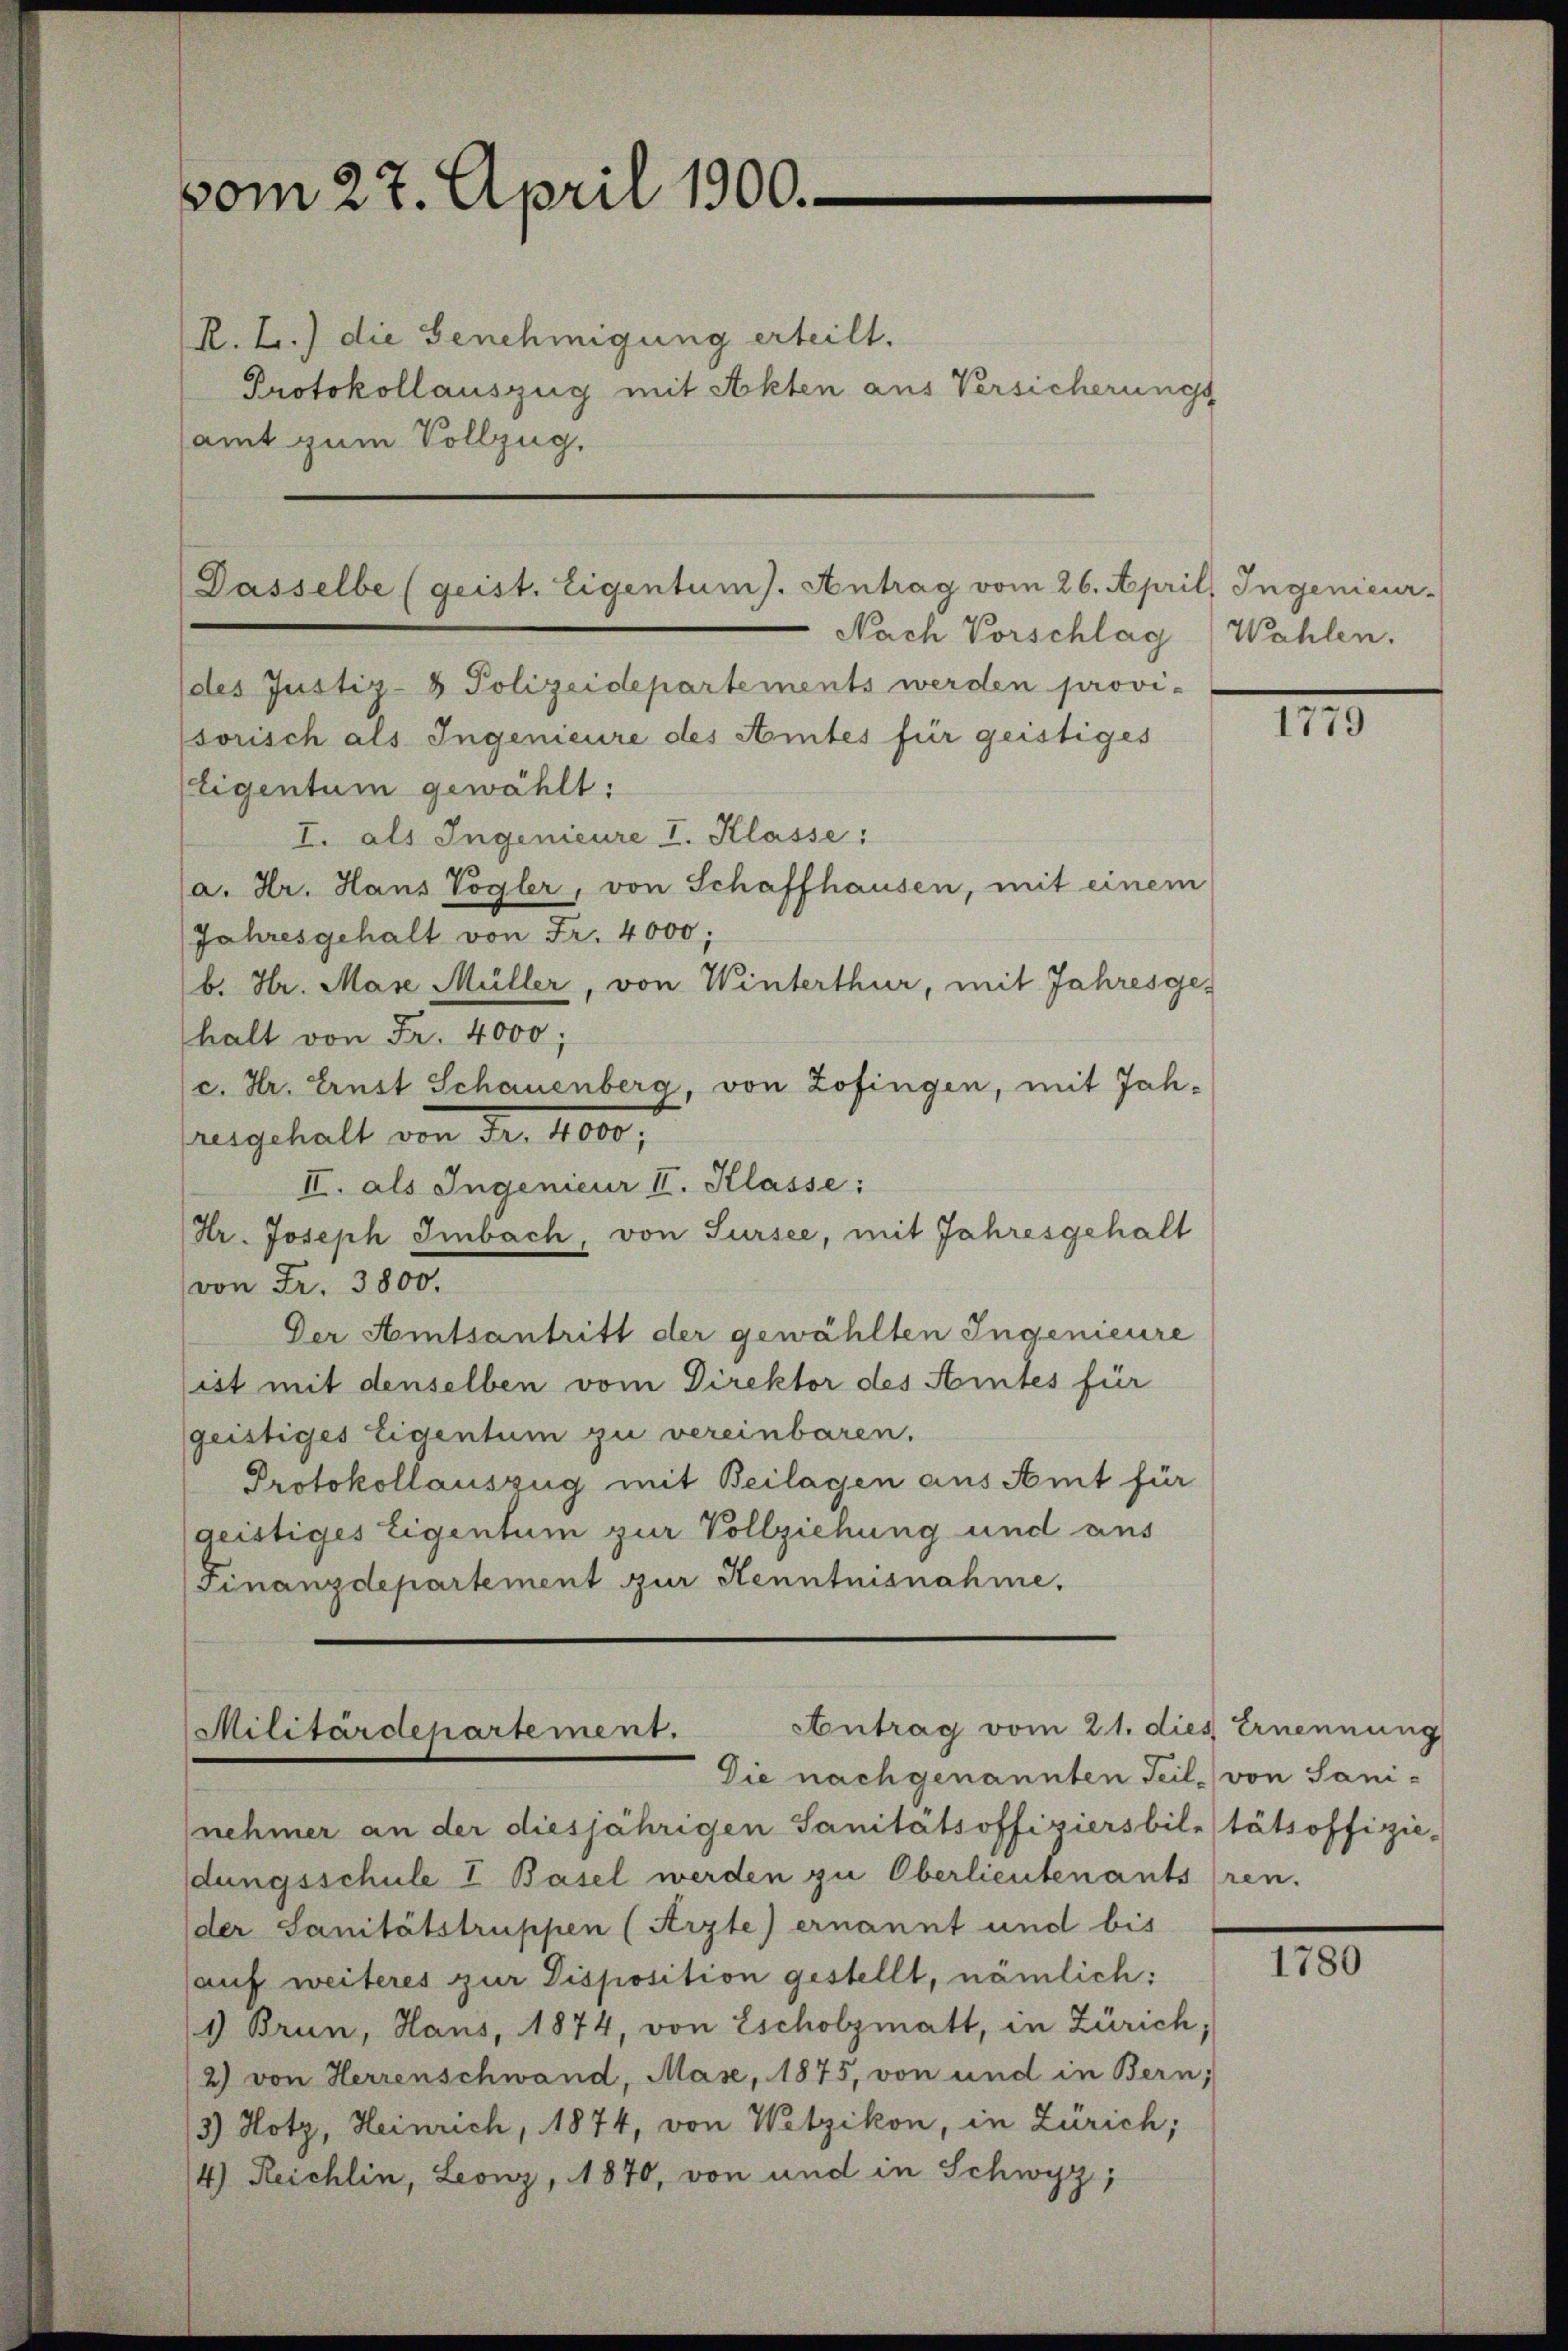
vom 27. April 1900.

R.L.) die Genehmigung erteilt.
Protokollauszug mit Akten aus Versicherungs
samt zum Vollzug.

Dasselbe (geist. Eigentum). Antrag vom 26. April, Ingenieur-

(des Justiz- & Polizeidepartements werden provi-
sorisch als Ingenieure des Amtes für geistiges
tigentum gewählt:
I. als Ingenieure I. Klasse:
(a. Hr. Haus Vogler, von Schaffhausen, mit einem
Jahresgehalt von Fr. 4000;
b. Hr. Mase Müller, von Winterthur, mit Jahresgehalt von Fr. 4000;
(c. Hr. Ernst Schauenberg, von Zofingen, mit Jah-
ugehalt von Fr. 100,
II. als Ingenieur II. Klasse:
Hr. Joseph Imbach, von Sursee, mit Jahresgehalt
von Fr. 3800.
Der Amtsantritt der gewählten Ingenieure
ist mit denselben vom Direktor des Amtes für
geistiges Eigentum zu vereinbaren.
Protokollauszug mit Beilagen aus Amt für
geistiges Eigentum zur Vollziehung und aus
Finanzdepartement zur Kenntnisnahme.

Antrag vom 21. dies Ernennung
Militärdepartement.
Die nach genannten Teil von Sani-

Nach Vorschlag Wahlen.

nehmer an der diesjährigen Sanitätsoffiziersbilitätsoffizie-
dungsschule I Basel werden zu Oberlieutenants ren.
der Sanitätstruppen (Arzte) ernannt und bis
(auf weiteres zur Disposition gestellt, nämlich:
1 Brun, Haus, 1874, von Escholzmatt, in Zürich,
2) von Herrenschwand, Mase, 1875, von und in Bern;
3) Hotz, Heinrich, 1874, von Wetzikon, in Zürich;
4) Reichlin, Leonz, 1870, von und in Schwyz,

1779

1780